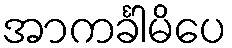
အာကင်္ခါမိပေ